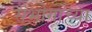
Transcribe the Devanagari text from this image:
संभोगाच्या